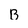
Character: B